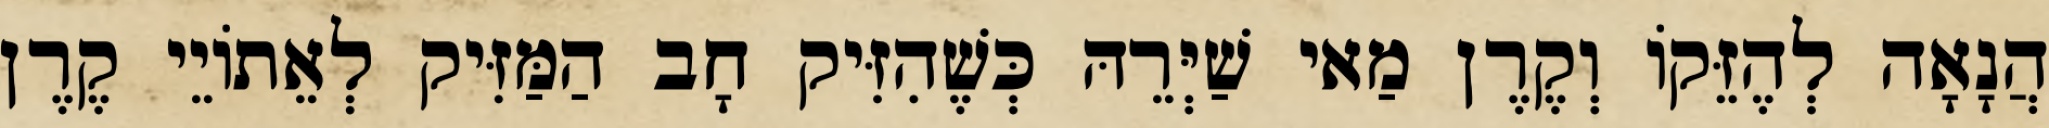
הֲנָאָה לְהֶזֵּקוֹ וְקֶרֶן מַאי שַׁיְּרֵהּ כְּשֶׁהִזִּיק חָב הַמַּזִּיק לְאֵתוֹיֵי קֶרֶן